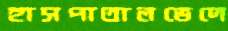
হাসপাতালভেদে